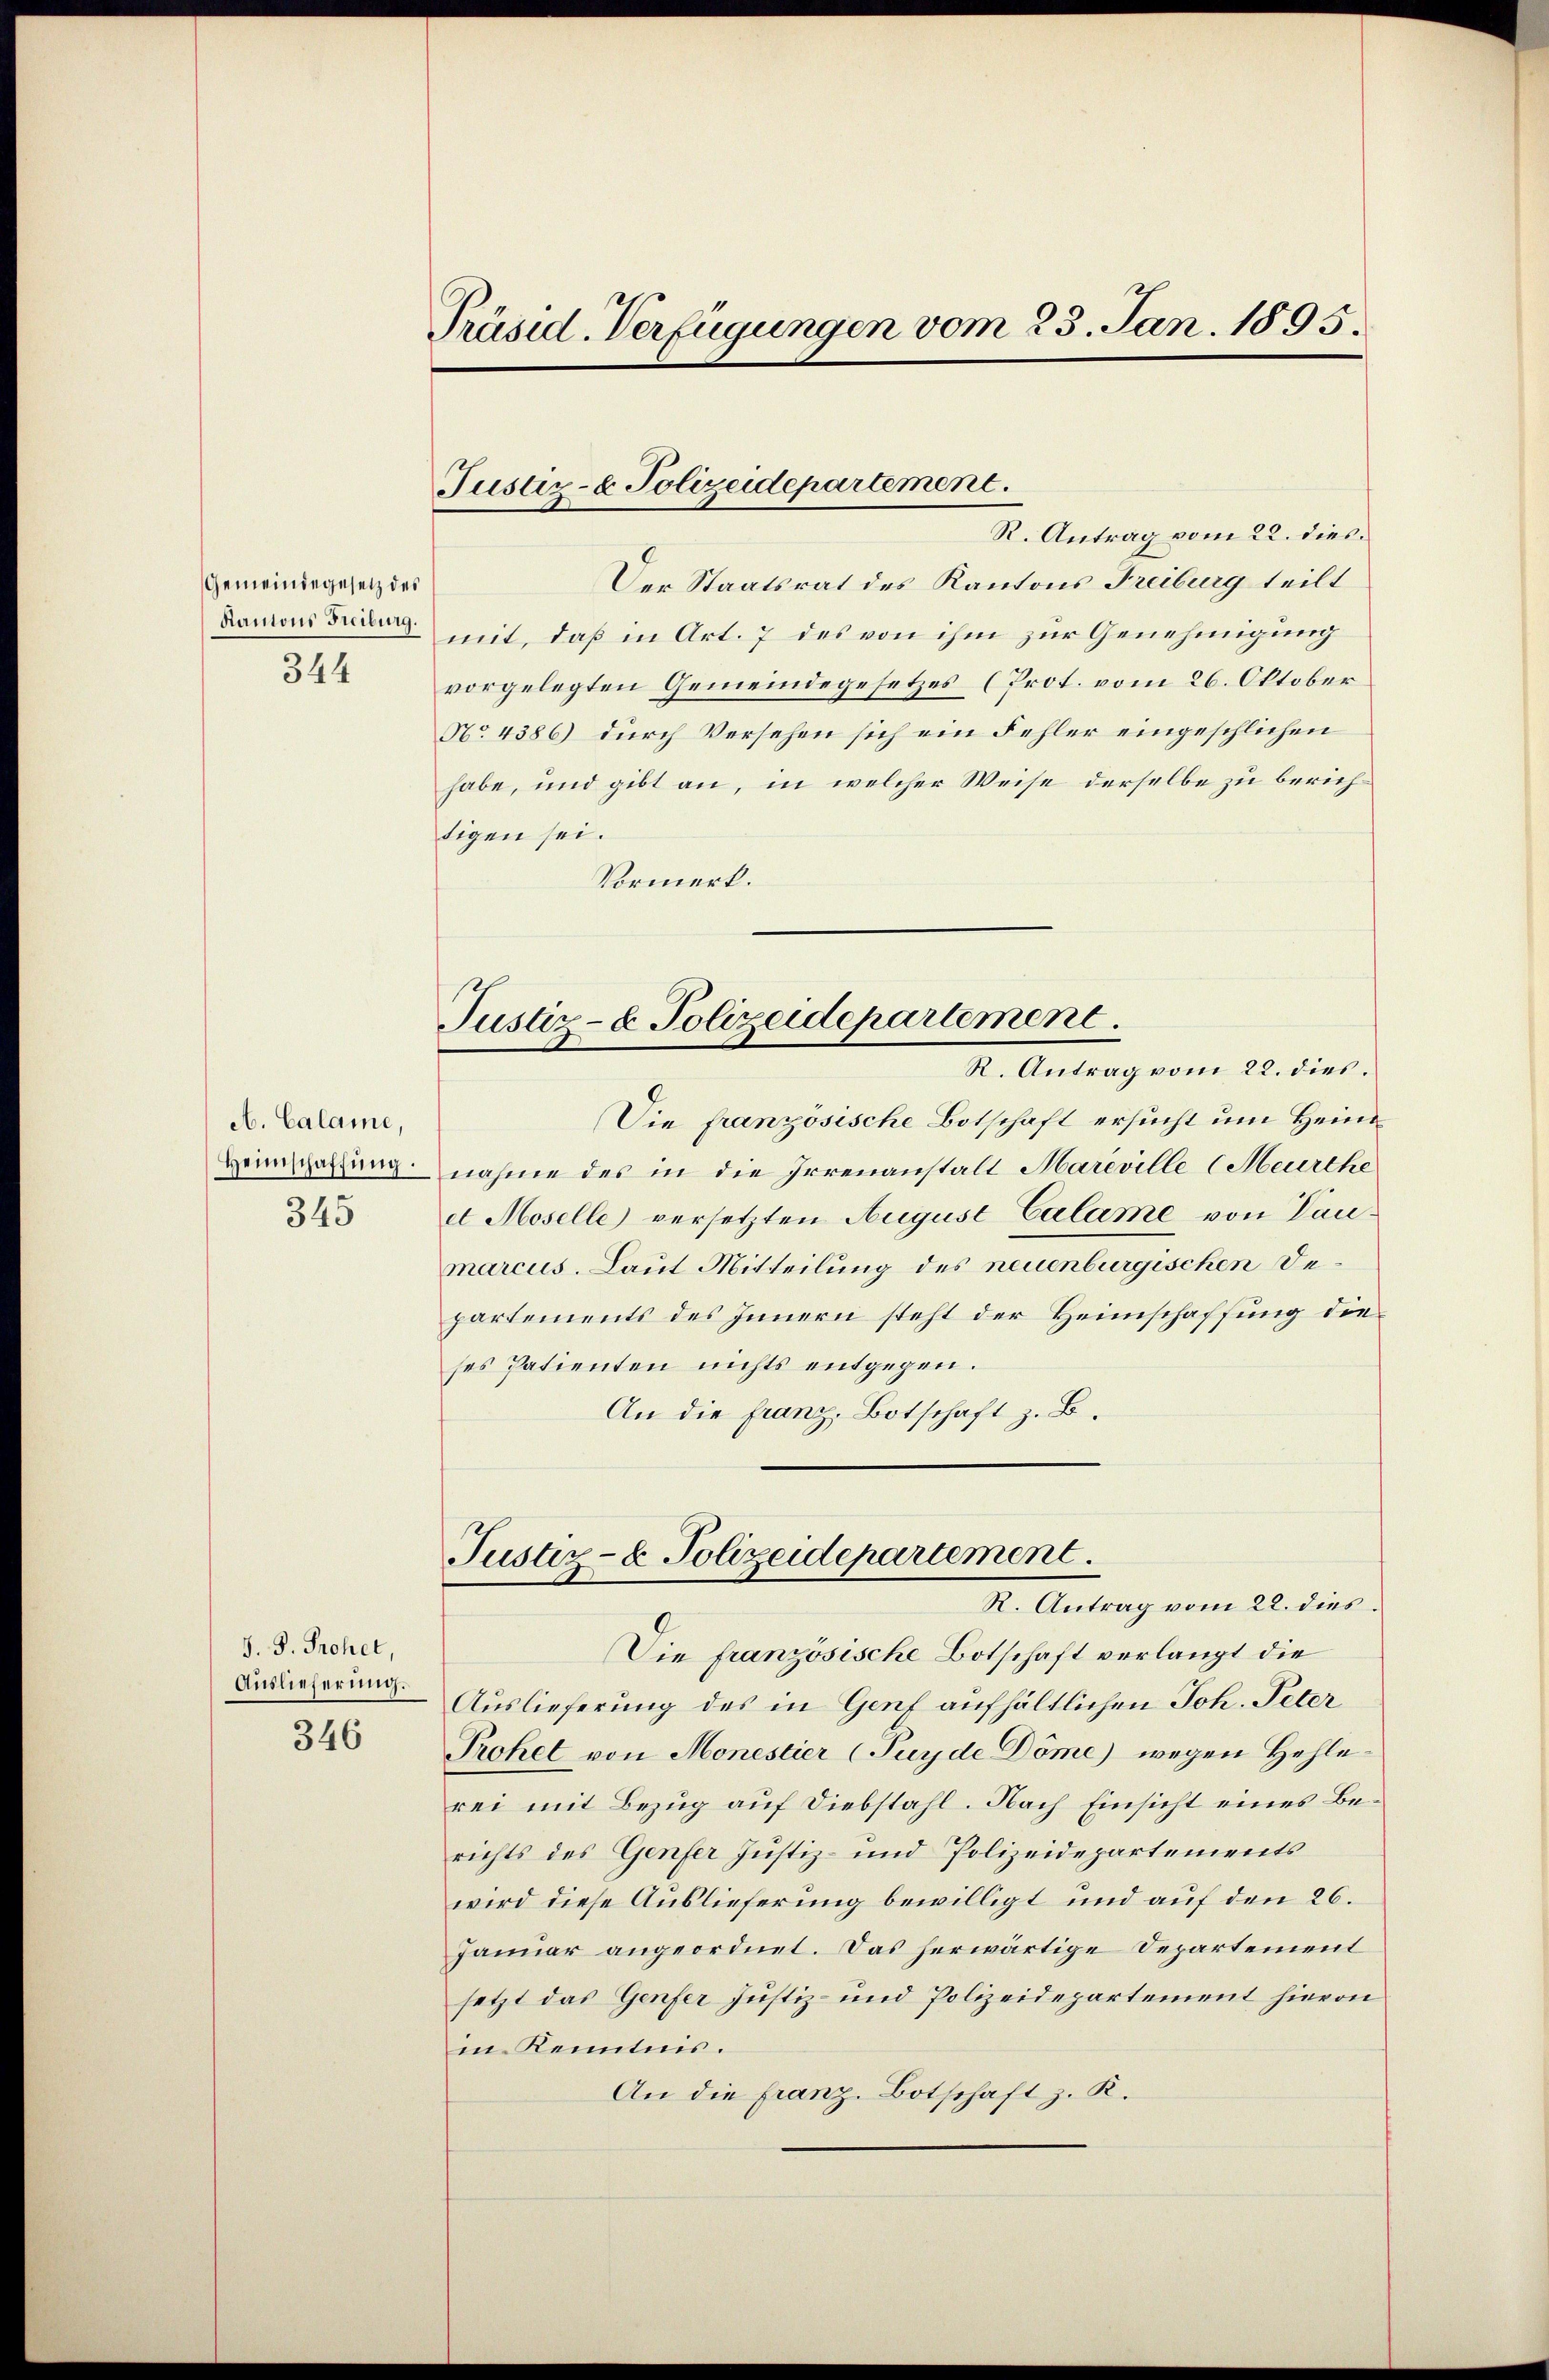
Gemeindegesetz des
Kantons Freiburg.
344

A. Calame,
Heimschaffung.
345

J. J. Prohet,
Auslieferung.
346

Präsid. Verfügungen vom 23. Jan. 1895.

Justiz- & Polizeidepartement.

Justiz- & Polizeidepartement.
R. Antrag vom 22. dies.

R. Antrag vom 22. dies
Der Staatsrat des Kantons Freiburg teilt
mit, daß in Art. 7 des von ihm zur Genehmigung
vorgelegten Gemeindegesetzes (Prot. vom 26. Oktober
No. 4386) durch Versehen sich ein Fehler eingeschlichen
habe, und gibt an, in welcher Weise derselbe zu berichtigen sei.
Vormerk.
Die franzosische Botschaft ersucht um Heim
nahme des in die Irrenanstalt Mareville (Meurthe
et Moselle) versetzten August Calame von Taumarcus. Laut Mitteilung des neuenburgischen Departements des Innern steht der Heimschaffung dieses Patienten nichts entgegen.
An die franz, Botschaft z. B.
Justiz- & Polizeidepartement.
R. Antrag vom 22. dies
Die französische Botschaft verlangt die
Auslieferung des in Genf aufhältlichen Joh. Peter
Prohet von Monestier (Purde Döme) wegen Hehlerei mit Bezug auf Diebstahl. Nach Einsicht eines Berichts des Genfer Justiz- und Polizeidepartements
wird diese Auslieferung bewilligt und auf den 26.
Januar angeordnet. Das herwärtige Departement
setzt das Genfer Justiz- und Polizeidepartement hievon
in Kenntnis.
An die franz. Botschaft z. K.